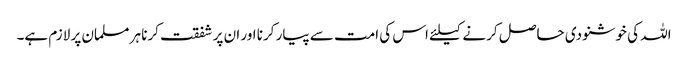
اللہ کی خوشنودی حاصل کرنے کیلئے اس کی امت سے پیار کرنا اور ان پر شفقت کرنا ہر مسلمان پر لازم ہے۔